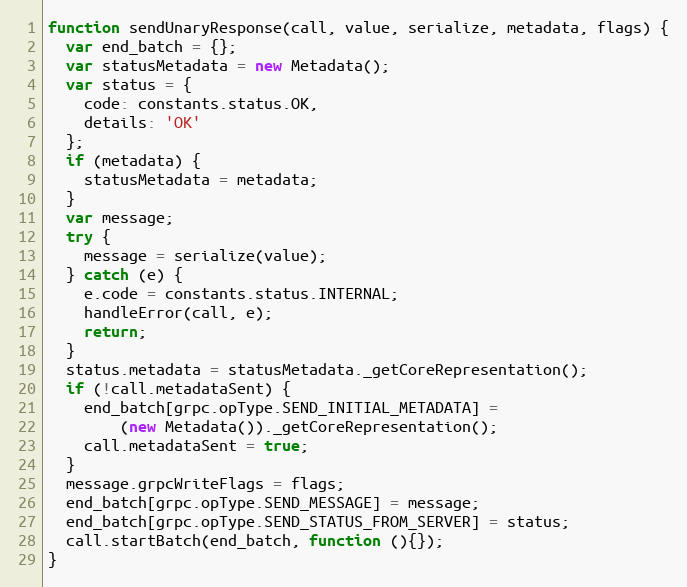
Language: JavaScript
function sendUnaryResponse(call, value, serialize, metadata, flags) {
  var end_batch = {};
  var statusMetadata = new Metadata();
  var status = {
    code: constants.status.OK,
    details: 'OK'
  };
  if (metadata) {
    statusMetadata = metadata;
  }
  var message;
  try {
    message = serialize(value);
  } catch (e) {
    e.code = constants.status.INTERNAL;
    handleError(call, e);
    return;
  }
  status.metadata = statusMetadata._getCoreRepresentation();
  if (!call.metadataSent) {
    end_batch[grpc.opType.SEND_INITIAL_METADATA] =
        (new Metadata())._getCoreRepresentation();
    call.metadataSent = true;
  }
  message.grpcWriteFlags = flags;
  end_batch[grpc.opType.SEND_MESSAGE] = message;
  end_batch[grpc.opType.SEND_STATUS_FROM_SERVER] = status;
  call.startBatch(end_batch, function (){});
}